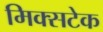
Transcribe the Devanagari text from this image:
मिक्सटेक